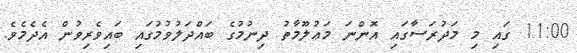
11:00 ގައި މި މަދުރަސާގައި އޮންނަ މަޢުލޫމާތު ދިނުމުގެ ބައްދަލުވުމުގައި ބައިވެރިވުން އެދެމެވެ.